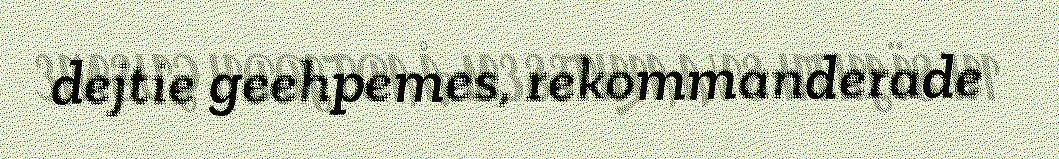
dejtie geehpemes, rekommanderade